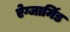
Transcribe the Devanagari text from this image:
ऐग्जामिंड